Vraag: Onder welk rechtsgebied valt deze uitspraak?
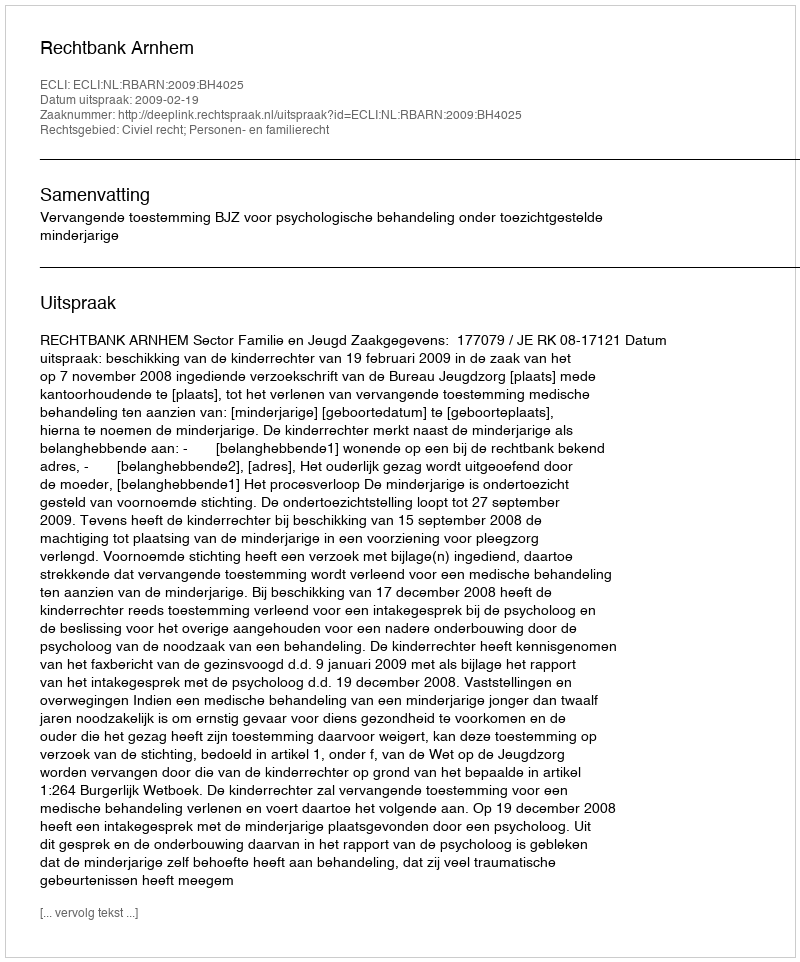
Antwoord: Civiel recht; Personen- en familierecht